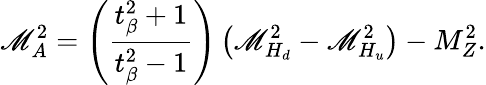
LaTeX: \mathscr{M}_{A}^{2}=\left(\frac{{t_{\beta}^{2}+1}}{{t_{\beta}^{2}-1}}\right)\left(\mathscr{M}_{H_{d}}^{2}-\mathscr{M}_{H_{u}}^{2}\right)-M_{Z}^{2}.